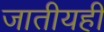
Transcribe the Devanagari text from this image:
जातीयही